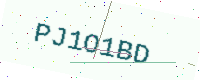
Text: PJ1O1BD